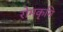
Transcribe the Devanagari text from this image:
रोमकृमि